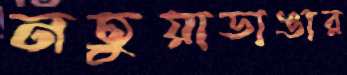
নতুয়াডাঙার